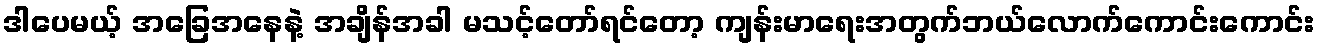
ဒါပေမယ့် အခြေအနေနဲ့ အချိန်အခါ မသင့်တော်ရင်တော့ ကျန်းမာရေးအတွက်ဘယ်လောက်ကောင်းကောင်း